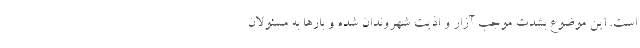
است. این موضوع بشدت موجب آزار و اذیت شهروندان شده و بارها به مسئولان